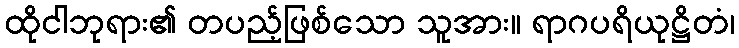
ထိုငါဘုရား၏ တပည့်ဖြစ်သော သူအား။ ရာဂပရိယုဋ္ဌိတံ၊